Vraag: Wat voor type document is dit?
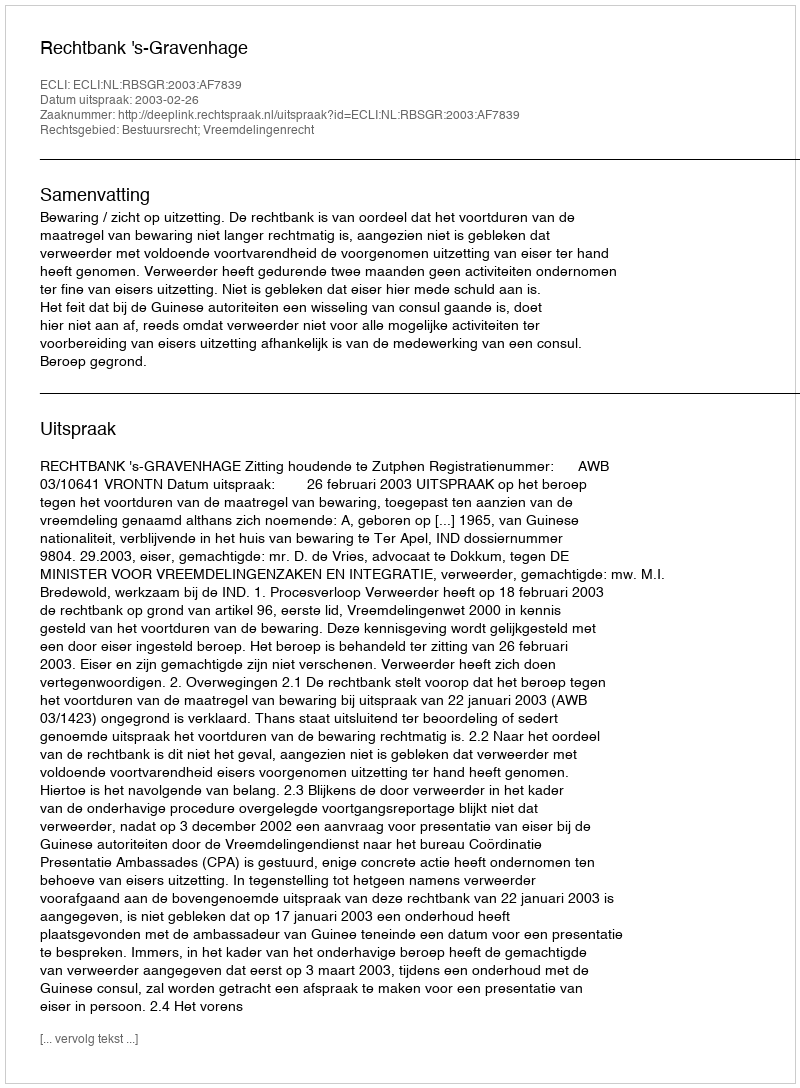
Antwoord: Uitspraak